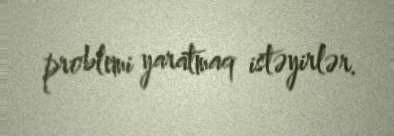
problemi yaratmaq istəyirlər.